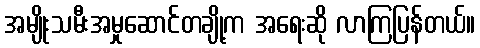
အမျိုးသမီးအမှုဆောင်တချို့က အရေးဆို လာကြပြန်တယ်။